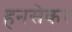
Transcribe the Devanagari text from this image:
हनसेकर